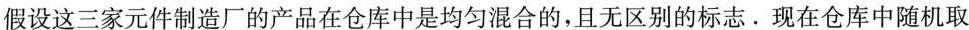
假设这三家元件制造厂的产品在仓库中是均匀混合的，且无区别的标志。现在仓库中随机取